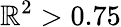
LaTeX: \mathbb{R}^{2}>0.75